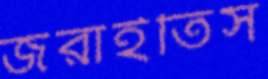
জরাইতিস